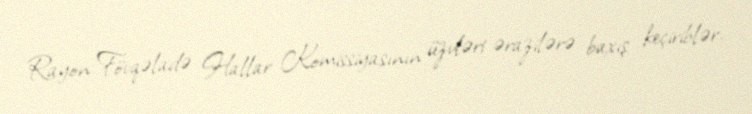
Rayon Fövqəladə Hallar Komissiyasının üzvləri ərazilərə baxış keçiriblər.